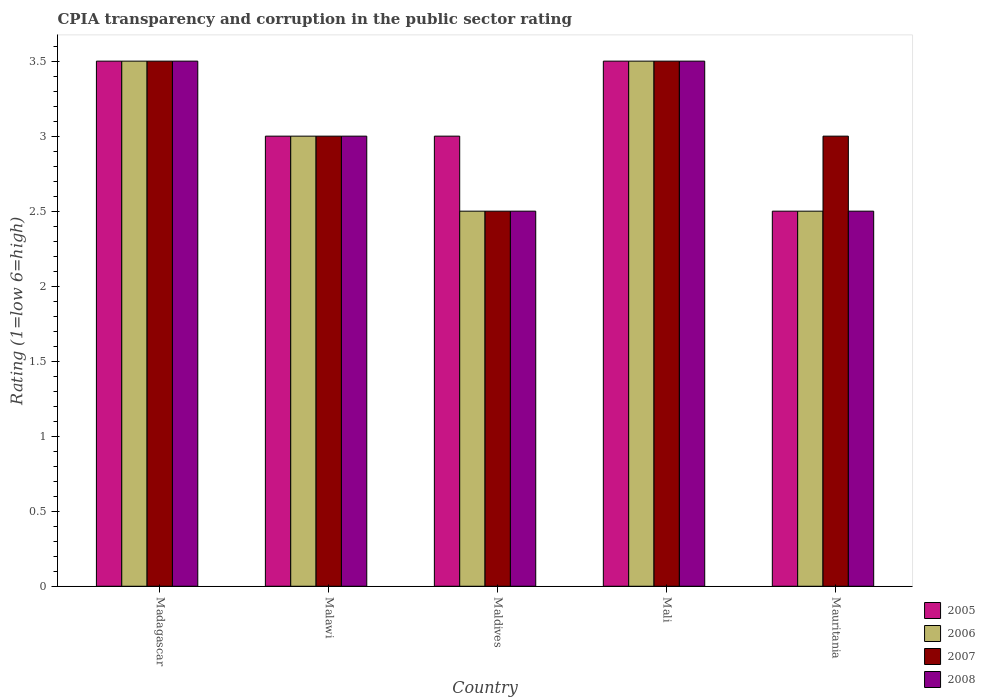
| Country | 2005 | 2006 | 2007 | 2008 |
 | --- | --- | --- | --- | --- |
 | Madagascar | 3.5 | 3.5 | 3.5 | 3.5 |
 | Malawi | 3 | 3 | 3 | 3 |
 | Maldives | 3 | 2.5 | 2.5 | 2.5 |
 | Mali | 3.5 | 3.5 | 3.5 | 3.5 |
 | Mauritania | 2.5 | 2.5 | 3 | 2.5 |